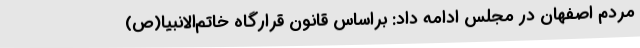
مردم اصفهان در مجلس ادامه داد: براساس قانون قرارگاه خاتم‌الانبیا(ص)